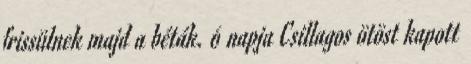
frissülnek majd a béták. 6 napja Csillagos ötöst kapott